Report on lock hospitals in British Burma
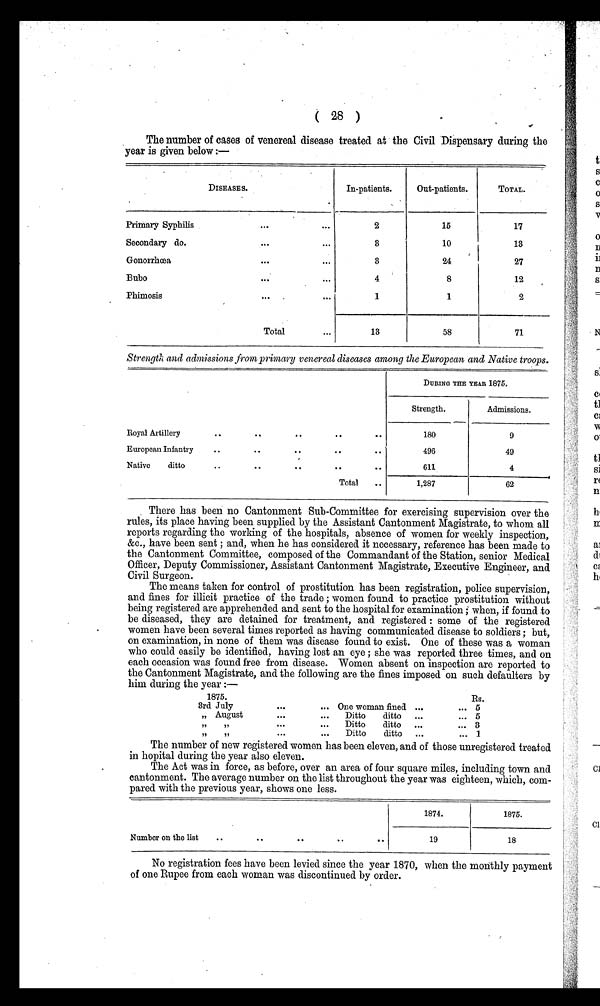
( 28 )
The number of cases of venereal disease treated at the Civil Dispensary during the
year is given below :—
DISEASES.
In-patients.
Out-patients.
TOTAL.
Primary Syphilis
...
. . .
2
15
17
Secondary do.
. . . . . .
3
10
13
Gonorrhœa
•••
•••
3
24
27
Bubo
. . . . . .
4
8
12
Phimosis
••• .
•••
1
1
2
Total
. . .
13
58
71
Strength and admissions from primary venereal diseases among the European and Native troops.
DURING THE YEAR 1875.
Strength.
Admissions.
Royal Artillery
. .
. .
. .
. .
. .
180
9
European Infantry
. .
. .
. .
. .
. .
496
49
Native
ditto
. .
. .
. .
. .
. .
611
4
Total
..
1,287
62
There has been no Cantonment Sub-Committee for exercising supervision over the
rules, its place having been supplied by the Assistant Cantonment Magistrate, to whom all
reports regarding the working of the hospitals, absence of women for weekly inspection,
&c., have been sent ; and, when he has considered it necessary, reference has been made to
the Cantonment Committee, composed of the Commandant of the Station, senior Medical
Officer, Deputy Commissioner, Assistant Cantonment Magistrate, Executive Engineer, and
Civil Surgeon.
The means taken for control of prostitution has been registration, police supervision,
and fines for illicit practice of the trade ; women found to practice prostitution without
being registered are apprehended and sent to the hospital for examination ; when, if found to
be diseased, they are detained for treatment, and registered : some of the registered
women have been several times reported as having communicated disease to soldiers ; but,
on examination, in none of them was disease found to exist. One of these was a woman
who could easily be identified, having lost an eye ; she was reported three times, and on
each occasion was found free from disease. Women absent on inspection are reported to
the Cantonment Magistrate, and the following are the fines imposed on such defaulters by
him during the year :—
1875.
Rs.
3rd July
...
... One woman fined. ...
... 5
„ August
...
...
Ditto
ditto ...
... 5
77
77
. . .
...
Ditto
ditto ...
... 3
77
, ,
...
...
Ditto
ditto ...
... 1
The number of new registered women has been eleven, and of those unregistered treated
in hopital during the year also eleven.
The Act was in force, as before, over an area of four square miles, including town and
cantonment. The average number on the list throughout the year was eighteen, which, com-
- p a r e d w i t h t h e p r e v i o u s y e a r , s h o w s o n e l e s s .
1874.
1875.
Number on the list
..
..
. .
. .
. .
19
18
No registration fees have been levied since the year 1870, when the monthly payment
of one Rupee from each woman was discontinued by order.